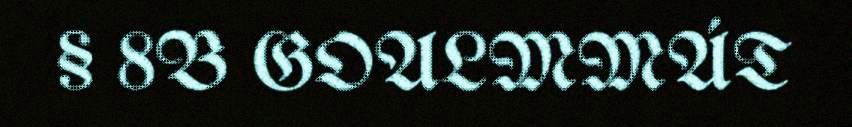
§ 8B GOALMMÁT